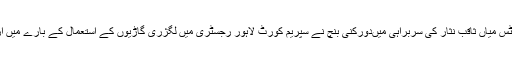
چیف جسٹس آف پاکستان مسٹر جسٹس میاں ثاقب نثار کی سربراہی میںدورکنی بنچ نے سپریم کورٹ لاہور رجسٹری میں لگژری گاڑیوں کے استعمال کے بارے میں ازخود نوٹس کیس کی سماعت کی ۔